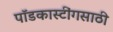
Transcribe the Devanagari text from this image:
पॉडकास्टींगसाठी